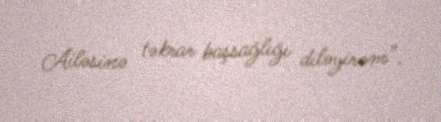
Ailəsinə təkrar başsağlığı diləyirəm”.